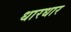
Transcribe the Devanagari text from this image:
धारधार